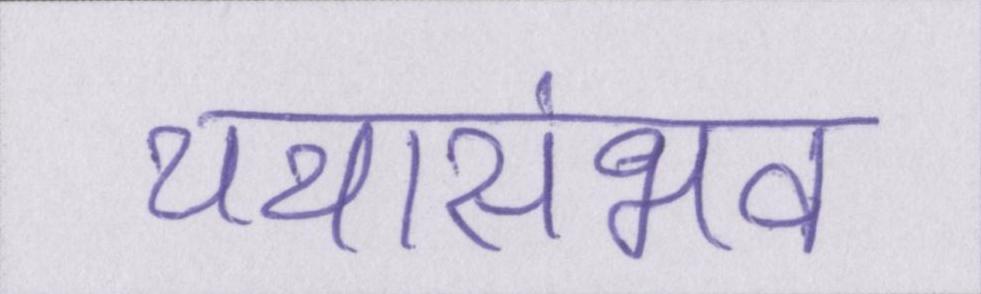
यथासंभव